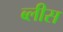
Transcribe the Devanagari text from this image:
ब्लीस